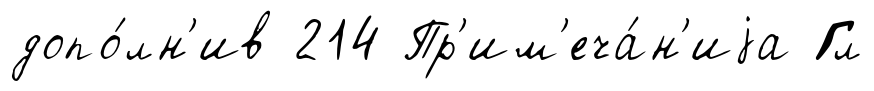
допо́лн'ив 214 Пр'им'еча́н'иjа Гл